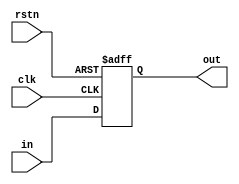
//Design:           SystolicMUL_163_8_digits
//
//
//Use:              7 bit register
//
//
//Version           Date                Note
//  1.0             2014/12/21          Original created
//
//----------------------------------------------------------

module regist_31bit(
//-----input-----
  clk,
  rstn,
  in,
//-----output-----
  out
);

input clk;
input rstn;
input [30:0]in;
output [30:0]out;
reg [30:0]out;

always@(posedge clk or negedge rstn)
begin
  if(!rstn)
    begin
      out<=31'b0;
    end
  else
    begin
      out<=in;
    end
end

endmodule